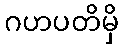
ဂဟပတိမှိ